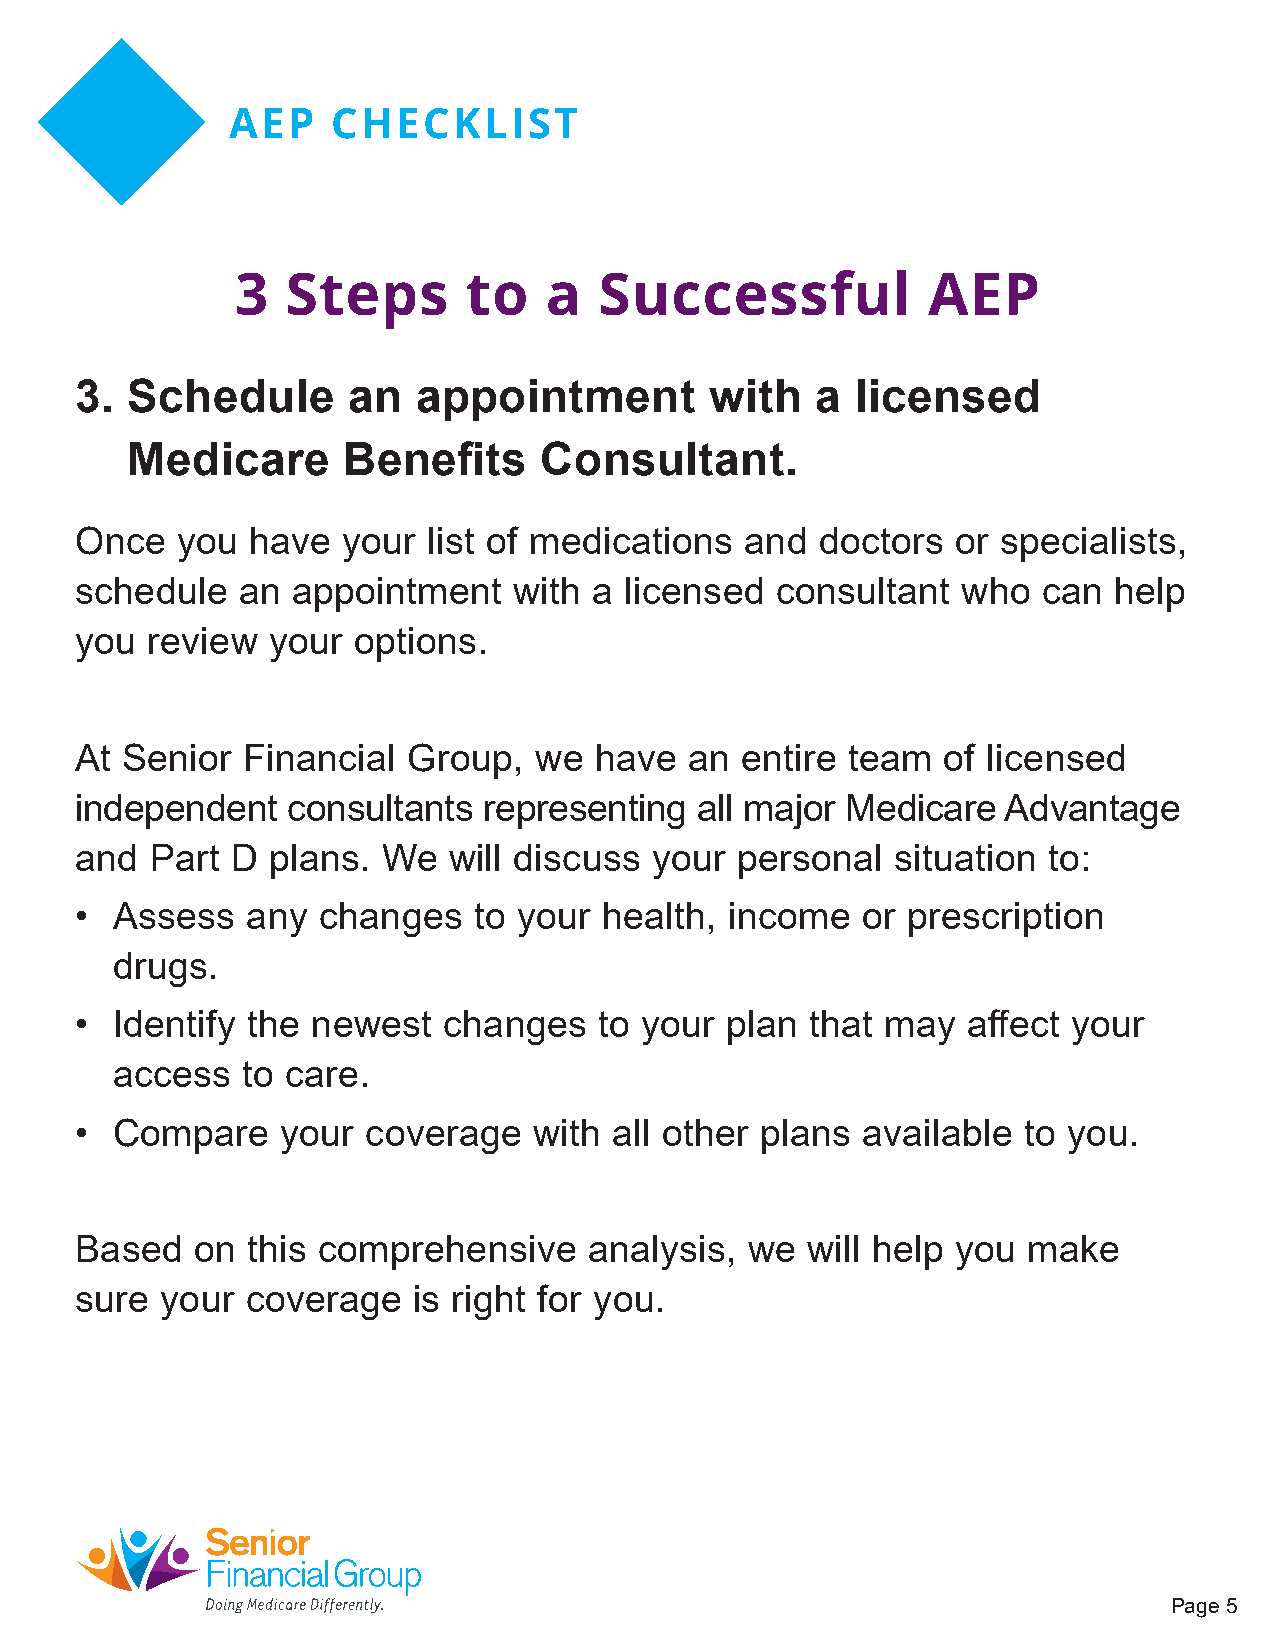
AEP    CHECKLIST
 3  Steps       to   a   Successful           AEP
 3. Schedule       an   appointment        with   a  licensed
 Medicare       Benefits     Consultant.
 Once   you have   your list of medications  and  doctors  or specialists,
 schedule   an appointment    with a licensed  consultant   who  can  help
 you  review  your options.
 At Senior  Financial  Group,  we  have   an entire team   of licensed
 independent   consultants  representing  all major Medicare   Advantage
 and  Part D  plans. We   will discuss your  personal  situation to:
 • Assess   any  changes   to your  health, income   or prescription
 drugs.
 • Identify the  newest  changes    to your plan  that may  affect your
 access   to care.
 • Compare     your coverage   with  all other plans available  to you.
 Based   on this comprehensive     analysis, we  will help you  make
 sure  your coverage   is right for you.
 Page 5